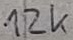
Text: 12k